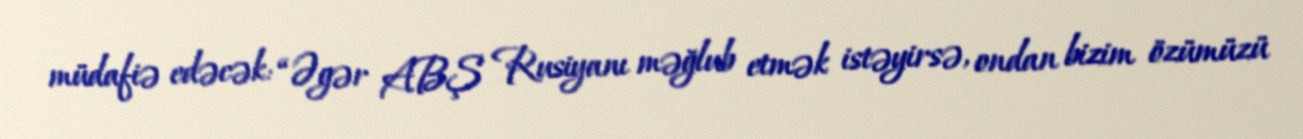
müdafiə edəcək: “Əgər ABŞ Rusiyanı məğlub etmək istəyirsə, ondan bizim özümüzü